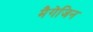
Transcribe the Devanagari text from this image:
मैगेजिन